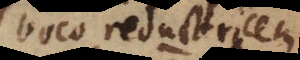
voco reductricem,